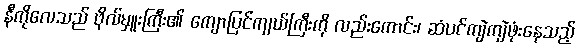
နီကိုလေသည် ဗိုလ်မှူးကြီး၏ ကျောပြင်ကျယ်ကြီးကို လည်းကောင်း၊ ဆံပင်ကျဲကျဲဖုံးနေသည့်